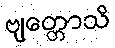
ဗျတ္တောသိ